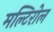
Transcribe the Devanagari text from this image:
मल्टिरोल